Burma Government Medical School reports 1907-22
Year: 1907
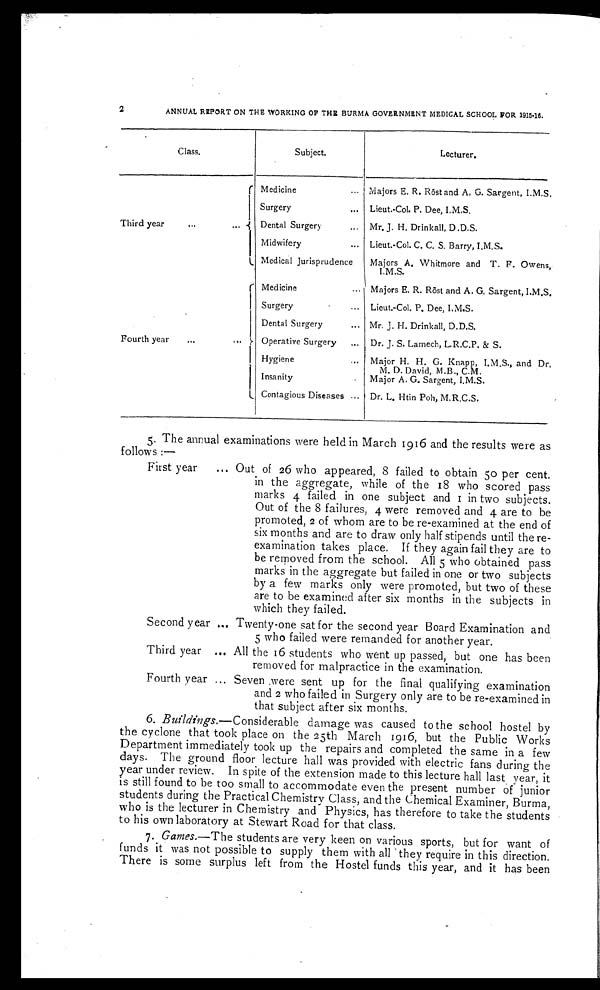
2
ANNUAL REPORT ON THE WORKING OF THE BURMA GOVERNMENT MEDICAL SCHOOL FOR 1915-16.
Class.
Subject.
Lecturer.
Third year
...
...
Medicine
... Majors E. R. Röst and A, G. Sargent, I.M.S.
Surgery
... Lieut.-Col. P. Dee, I.M.S.
Dental Surgery ... Mr. J. H. Drinkall, D .D.S.
Midwifery
... Lieut.-Col. C. C. S. Barry, I.M.S.
Medical Jurisprudence
Majors A. Whitmore and T. F. Owens,
I.M.S.
Fourth year
...
...
Medicine
... Majors E. R. Röst and A. G. Sargent, I.M.S.
Surgery
... Lieut.-Col. P. Dee, I.M.S.
Dental Surgery
... Mr. J. H. Drinkall, D.D.S.
Operative Surgery ... Dr. J. S. Lamech, L.R.C.P. & S.
Hygiene ...
Major H. H. G. Knapp, I.M.S., and Dr.
M. D. David, M.B., C.M.
Insanity
.. Major A. G. Sargent, I.M.S.
Contagious Diseases ... Dr. L. Htin Poh, M.R.C.S.
5. The annual examinations were held in March 1916 and the results were as
follows :—
First year
... Out of 26 who appeared, 8 failed to obtain 5o per cent.
in the aggregate, while of the 18 who scored pass
marks 4 failed in one subject and 1 in two subjects.
Out of the 8 failures, 4 were removed and 4 are to be
promoted, 2 of whom are to be re-examined at the end of
six months and are to draw only half stipends until the re
-
examination takes place. If they again fail they are to
be removed from the school. All 5 who obtained pass
marks in the aggregate but failed in one or two subjects
by a few marks only were promoted, but two of these
are to be examined after six months in the subjects in
which they failed.
Second year ... Twenty-one sat for the second year Board Examination and
5 who failed were remanded for another year.
Third year ... All the 16 students who went up passed, but one has been
removed for malpractice in the examination.
Fourth year ... Seven were sent up for the final qualifying examination
and 2 who failed in Surgery only are to be re-examined in
that subject after six months.
6.
Buildings. —Considerable damage was caused to the school hostel by
the cyclone that took place on the 25th March 1916, but the Public Works
Department immediately took up the repairs and completed the same in a few
days. The ground floor lecture hall was provided with electric fans during the
year under review. In spite of the extension made to this lecture hall last year, it
is still found to be too small to accommodate even the present number of junior
students during the Practical Chemistry Class, and the Chemical Examiner, Burma,
who is the lecturer in Chemistry and Physics, has therefore to take the students
to his own laboratory at Stewart Road for that class.
7.
Games. —The students are very keen on various sports, but for want of
funds it was not possible to supply them with all they require in this direction.
There is some surplus left from the Hostel funds this year, and it has been